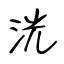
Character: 洸